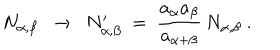
N _ { \alpha , \beta } ~ ~ \rightarrow ~ ~ N _ { \alpha , \beta } ^ { \prime } ~ = ~ { \frac { a _ { \alpha } a _ { \beta } } { a _ { \alpha + \beta } } } \, N _ { \alpha , \beta } ~ .